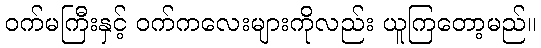
ဝက်မကြီးနှင့် ဝက်ကလေးများကိုလည်း ယူကြတော့မည်။